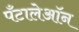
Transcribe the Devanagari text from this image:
पँटालेऑन